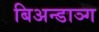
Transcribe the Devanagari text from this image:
बिअन्डाञ्ग